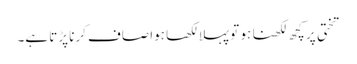
تختی پر کچھ لکھنا ہو تو پہلا لکھا ہوا صاف کرنا پڑتا ہے۔